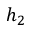
h _ { 2 }